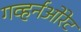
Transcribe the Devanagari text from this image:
गव्हर्नओरेट